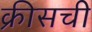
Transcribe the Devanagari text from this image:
क्रीसची